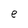
Character: e